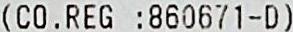
(CO. REG :860671-D)